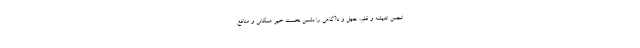
انجمن اندیشه و قلم، جهل و ناآگاهی را دشمن نخست خیر همگانی و منافع